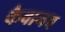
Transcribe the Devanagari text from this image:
कैवानव